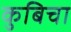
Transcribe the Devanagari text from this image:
कुबिचा